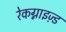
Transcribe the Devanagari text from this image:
रेकग्नाइज़्ड